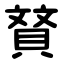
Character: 䝺